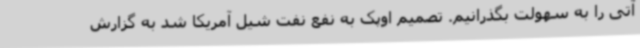
آتی را به سهولت بگذرانیم. تصمیم اوپک به نفع نفت شیل آمریکا شد به گزارش